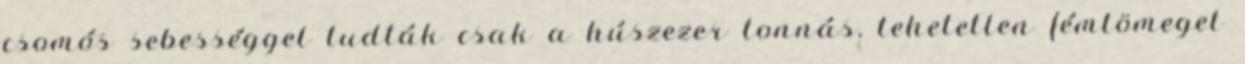
csomós sebességgel tudták csak a húszezer tonnás, tehetetlen fémtömeget